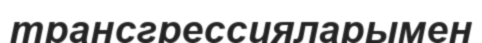
трансгрессияларымен